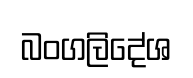
බංගලිදේශ